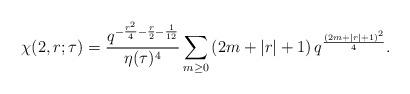
LaTeX: \begin{align*}\chi(2,r;\tau) = \frac{q^{-\frac{r^2}{4}-\frac{r}{2}-\frac{1}{12}}}{\eta(\tau)^4}\sum_{m\geq0} \left( 2m+|r|+1\right) q^{\frac{(2m+|r|+1)^2}{4}}.\end{align*}